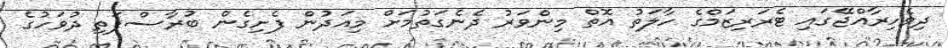
ދިވެހިރާއްޖޭގައި ޓެރަރިޒަމްގެ ހާލަތު އޮތް މިންވަރު ދެނެގަތުމަށް މިއަދުން ފެށިގެން ބުރާސްފަތި ދުވަހުގެ